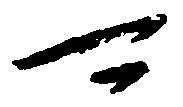
可